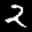
Label: 2